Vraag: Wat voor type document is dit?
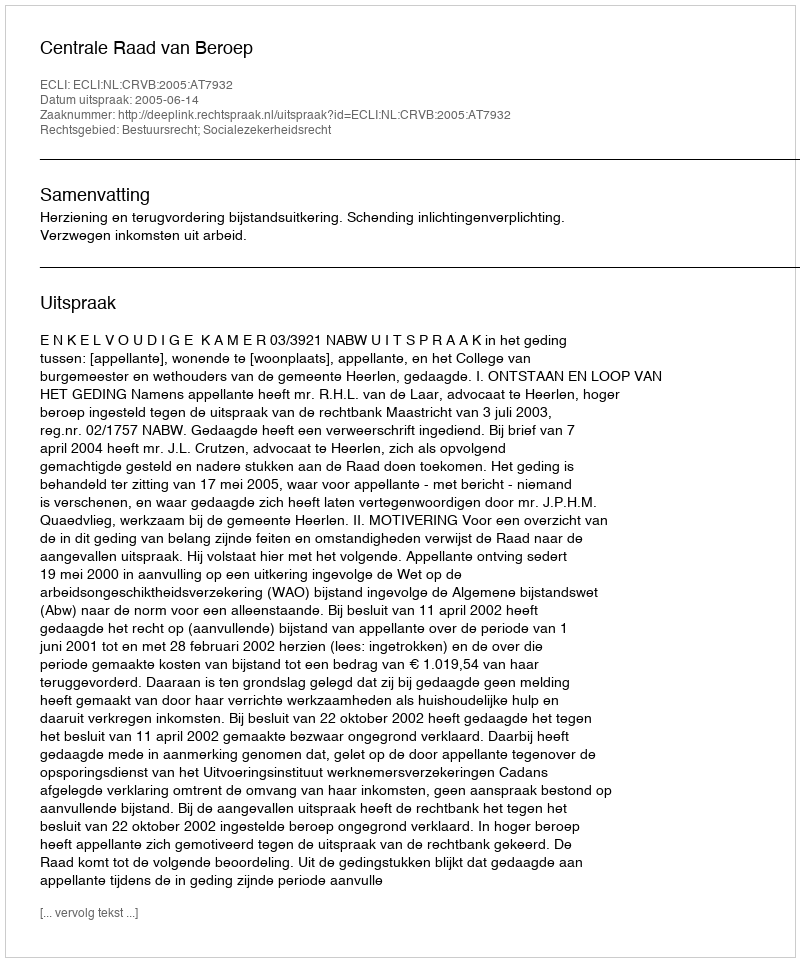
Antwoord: Uitspraak